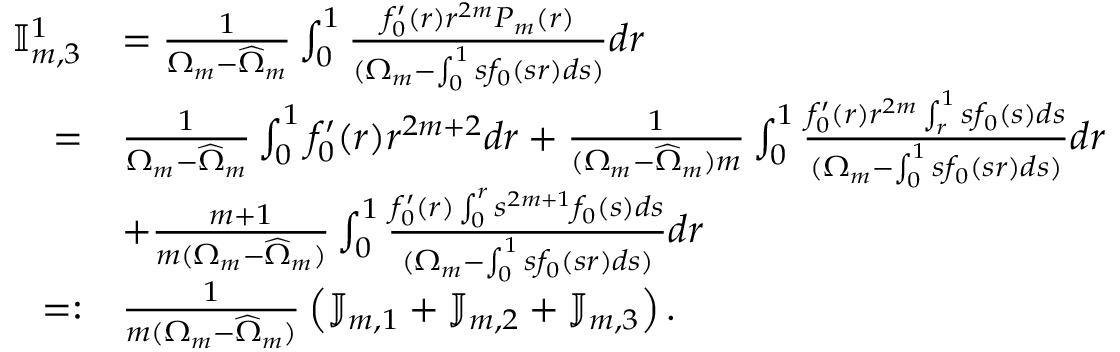
\begin{array} { r l } { \mathbb { I } _ { m , 3 } ^ { 1 } } & { = \frac { 1 } { \Omega _ { m } - \widehat { \Omega } _ { m } } \int _ { 0 } ^ { 1 } \frac { f _ { 0 } ^ { \prime } ( r ) r ^ { { 2 m } } P _ { m } ( r ) } { ( \Omega _ { m } - \int _ { 0 } ^ { 1 } s f _ { 0 } ( s r ) d s ) } d r } \\ { = } & { \frac { 1 } { \Omega _ { m } - \widehat { \Omega } _ { m } } \int _ { 0 } ^ { 1 } { f _ { 0 } ^ { \prime } ( r ) } r ^ { 2 m + 2 } d r + \frac { 1 } { ( \Omega _ { m } - \widehat { \Omega } _ { m } ) m } \int _ { 0 } ^ { 1 } \frac { f _ { 0 } ^ { \prime } ( r ) r ^ { 2 m } \int _ { r } ^ { 1 } s f _ { 0 } ( s ) d s } { ( \Omega _ { m } - \int _ { 0 } ^ { 1 } s f _ { 0 } ( s r ) d s ) } d r } \\ & { + \frac { m + 1 } { m ( \Omega _ { m } - \widehat { \Omega } _ { m } ) } \int _ { 0 } ^ { 1 } \frac { f _ { 0 } ^ { \prime } ( r ) \int _ { 0 } ^ { r } s ^ { 2 m + 1 } f _ { 0 } ( s ) d s } { ( \Omega _ { m } - \int _ { 0 } ^ { 1 } s f _ { 0 } ( s r ) d s ) } d r } \\ { = : } & { \frac { 1 } { m ( \Omega _ { m } - \widehat { \Omega } _ { m } ) } \left( \mathbb { J } _ { m , 1 } + \mathbb { J } _ { m , 2 } + \mathbb { J } _ { m , 3 } \right) . } \end{array}